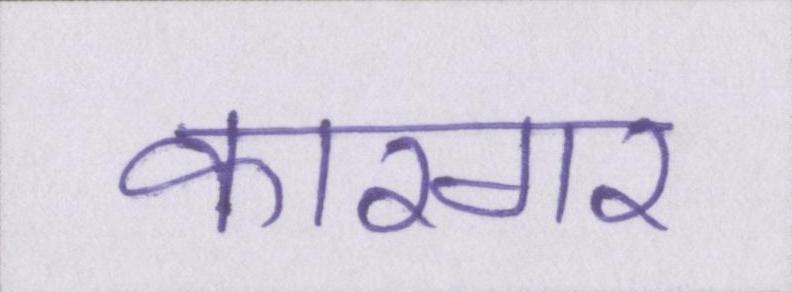
कारगर